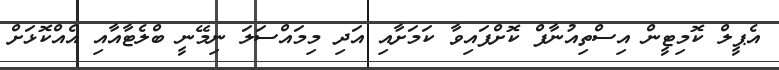
އެޕީލް ކޮމިޓީން އިސްތިއުނާފް ކޮށްފައިވާ ކަމަށާއި އަދި މިމައްސަލަ ނިމޭނީ ބްލެޓާއާއި އެއްކޮޅަށް